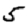
Digit: 5